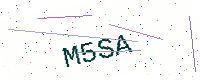
Text: M5SA